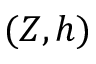
( Z , h )